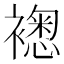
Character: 𧝮